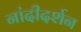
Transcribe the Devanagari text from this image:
नांदीदर्शन